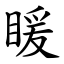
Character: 䁔